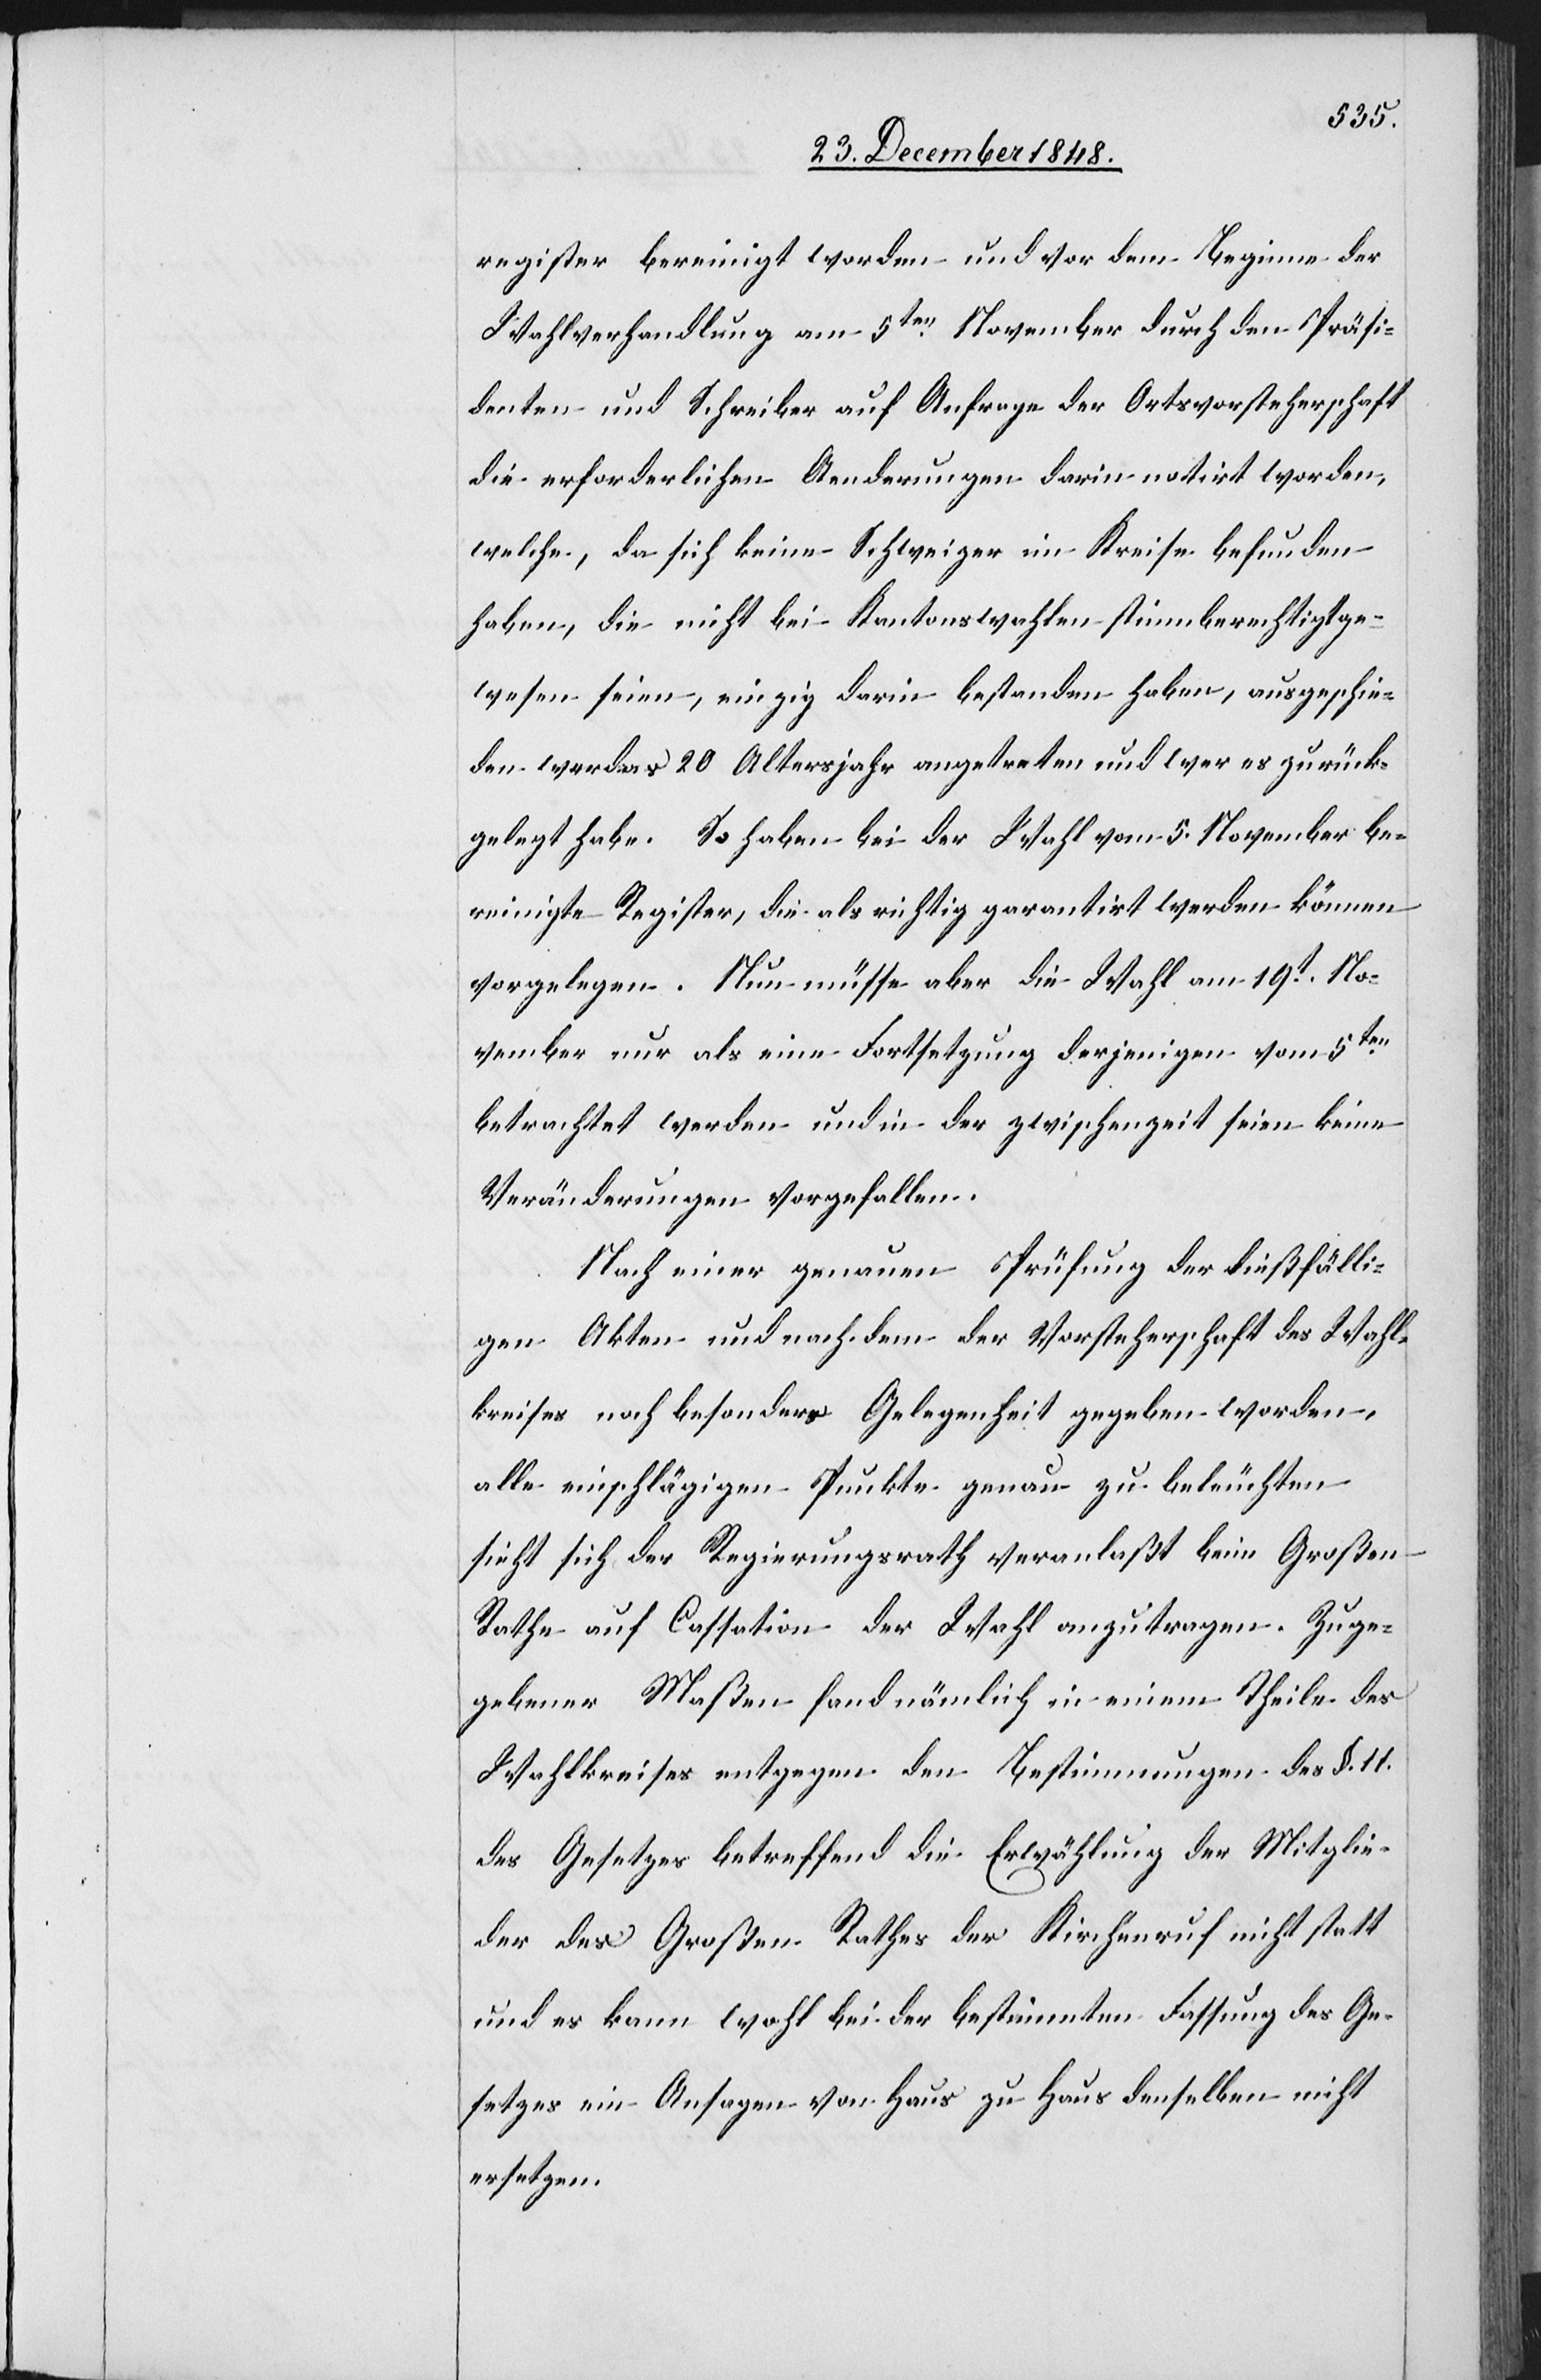
register bereinigt worden und vor dem Beginne der
Wahlverhandlung am 5ten November durch den Präsi¬
denten und Schreiber auf Anfrage der Ortsvorsteherschaft
die erforderlichen Aenderungen darin notirt worden,
welche, da sich keine Schweizer im Kreise befunden
haben, die nicht bei Kantonswahlen stimmberechtigt ge¬
wesen seien, einzig darin bestanden haben, ausgeschie¬
den wer das 20 Alterjahr angetreten und wer es zurück¬
gelegt habe. So haben bei der Wahl vom 5. November be¬
reinigte Register, die als richtig garantirt werden können
vorgelegen. Nun müsse aber die Wahl am 19t No¬
vember nur als eine Fortsetzung derjenigen vom 5ten
betrachtet werden und in der zwischenzeit seien keine
Veränderungen vorgefallen.
Nach einer genauen Prüfung der dießfälli¬
gen Akten und nach dem der Vorsteherschaft des Wahl¬
kreises noch besonders Gelegenheit gegeben worden,
alle einschlägigen Punkte genau zu beleuchten
sieht sich der Regierungsrath veranlaßt beim Großen
Rathe auf Cassation der Wahl anzutragen. Zuge¬
gebener Maßen fand nämlich in einem Theile des
Wahlkreises entgegen den Bestimmungen des §. 11.
des Gesetzes betreffend die Erwählung der Mitglie¬
der des Großen Rathes der Kirchenruf nicht statt
und es kann wohl bei der bestimmten Fassung des Ge¬
setzes ein Ansagen von Haus zu Haus denselben nicht
ersetzen